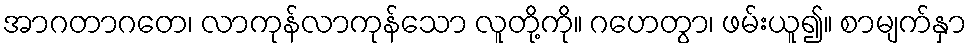
အာဂတာဂတေ၊ လာကုန်လာကုန်သော လူတို့ကို။ ဂဟေတွာ၊ ဖမ်းယူ၍။ စာမျက်နှာ